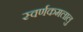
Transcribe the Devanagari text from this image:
स्वर्णकमलालु